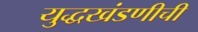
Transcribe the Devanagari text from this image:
युद्धखंडणीची